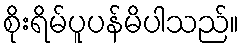
စိုးရိမ်ပူပန်မိပါသည်။